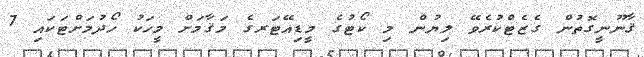
ޤާނޫނީގޮތުން ގެޒެޓްކުރެވޭ ލިޔުން މި ކޯޓުގެ މީޑިއޭޓަރގެ މަޤާމަށް މީހަކު ހޯދުމަށްޓަކައި 7